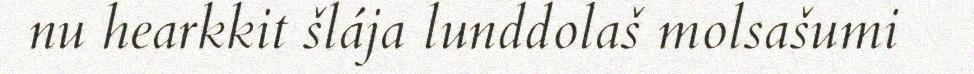
nu hearkkit šlája lunddolaš molsašumi